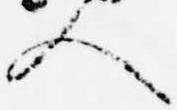
人